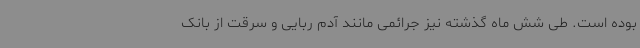
بوده است. طی شش ماه گذشته نیز جرائمی مانند آدم ربایی و سرقت از بانک